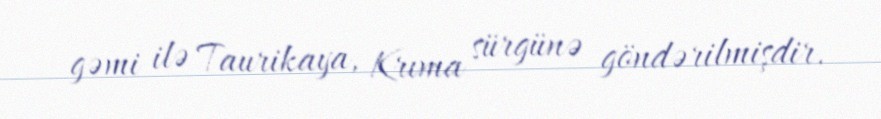
gəmi ilə Taurikaya, Krıma sürgünə göndərilmişdir.